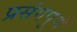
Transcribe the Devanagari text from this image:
प्रसंगपूर्ण